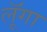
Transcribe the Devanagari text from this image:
लूॅगा